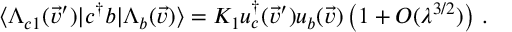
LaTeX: \langle \Lambda _ { c 1 } ( \vec { v } ^ { \prime } ) | c ^ { \dag } b | \Lambda _ { b } ( \vec { v } ) \rangle = K _ { 1 } u _ { c } ^ { \dag } ( \vec { v } ^ { \prime } ) u _ { b } ( \vec { v } ) \left( 1 + { \cal O } ( \lambda ^ { 3 / 2 } ) \right) \, .